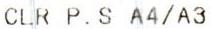
CLR P.S A4/A3